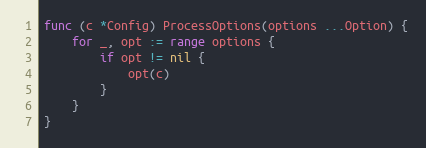
Language: Go
func (c *Config) ProcessOptions(options ...Option) {
	for _, opt := range options {
		if opt != nil {
			opt(c)
		}
	}
}